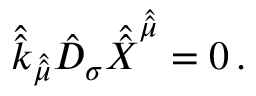
\hat { \hat { k } } _ { \hat { \hat { \mu } } } \hat { D } _ { \sigma } \hat { \hat { X } } ^ { \hat { \hat { \mu } } } = 0 \, .